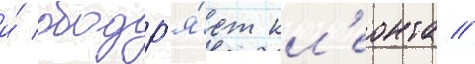
и́ ободр'я́ет кл'еонта //